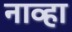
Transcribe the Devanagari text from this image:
नाव्हा